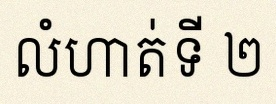
លំហាត់ទី ២